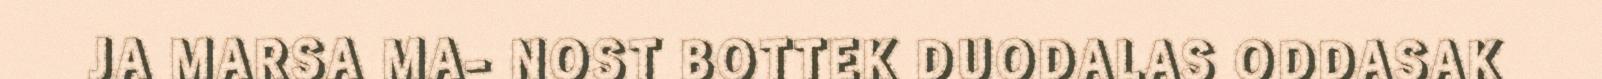
JA MARSA MA- NOST BOTTEK DUODALAS ODDASAK